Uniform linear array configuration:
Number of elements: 12
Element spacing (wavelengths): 0.5
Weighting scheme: kaiser
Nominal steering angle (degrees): -45
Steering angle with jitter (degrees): -46.729
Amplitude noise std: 0.05
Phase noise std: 0.05

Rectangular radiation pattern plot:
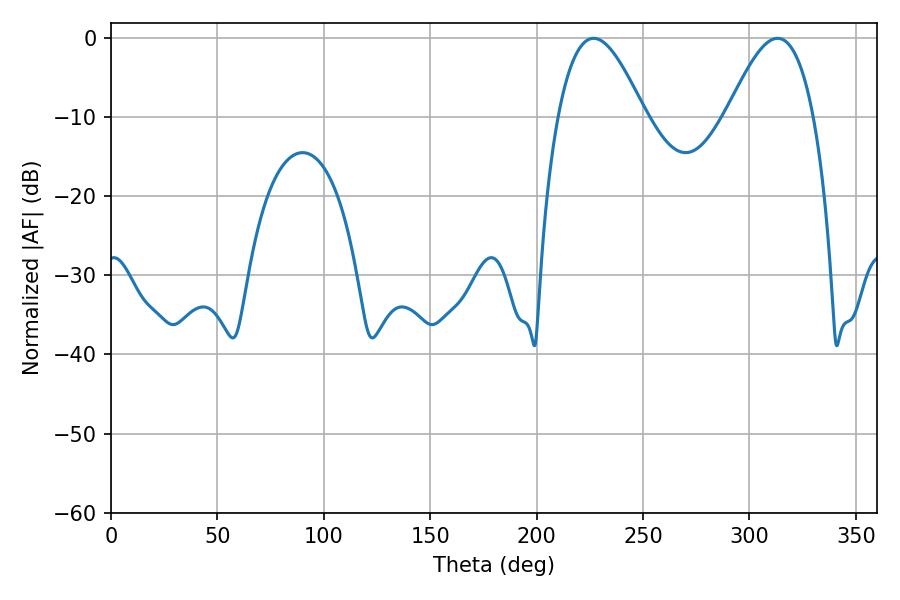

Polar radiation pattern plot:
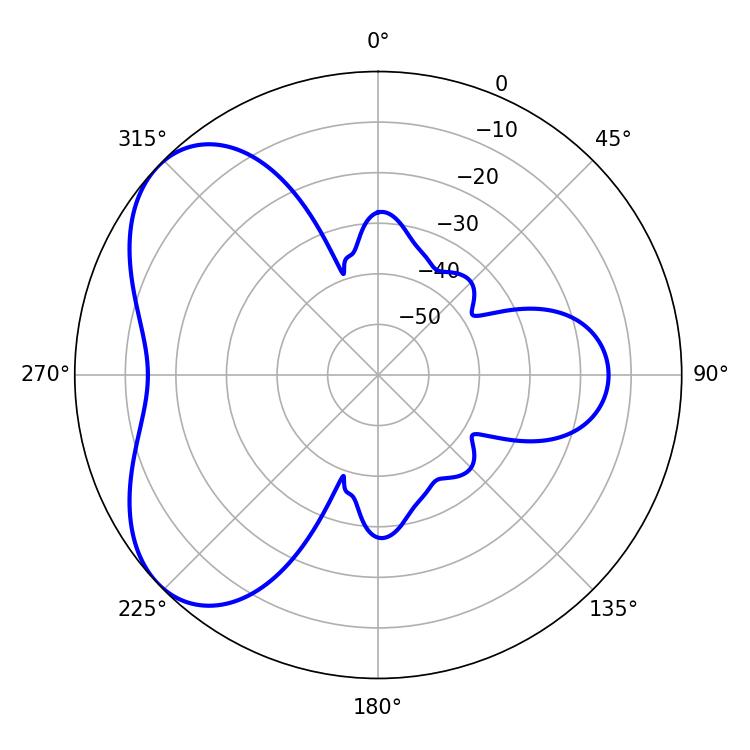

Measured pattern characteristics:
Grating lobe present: FALSE
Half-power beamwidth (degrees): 22.14
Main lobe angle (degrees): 226.8